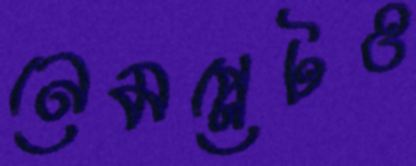
নেমপ্লেটও